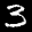
Label: 3